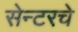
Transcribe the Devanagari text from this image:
सेन्टरचे